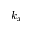
k _ { x }